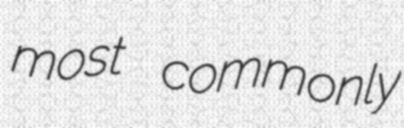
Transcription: most commonly